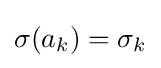
\sigma (a_{k})=\sigma _{k}